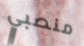
منصبي